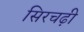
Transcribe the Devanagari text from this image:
सिरचढ़ी